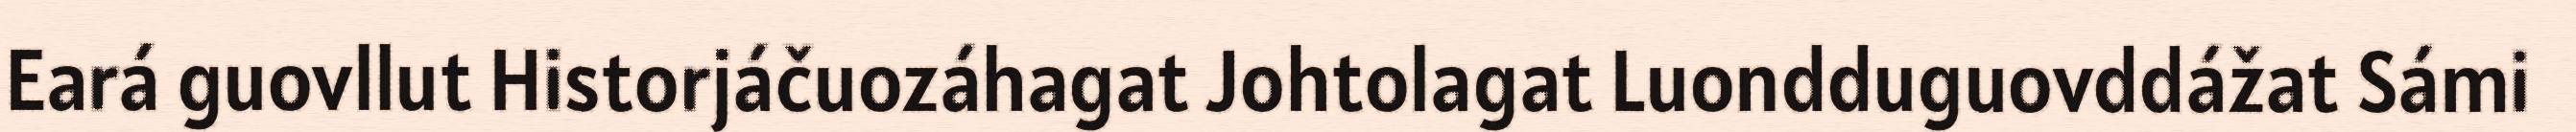
Eará guovllut Historjáčuozáhagat Johtolagat Luondduguovddážat Sámi